Lunatic asylums Central Provinces reports 1886-1894 - 1886-1894
Year: 1886
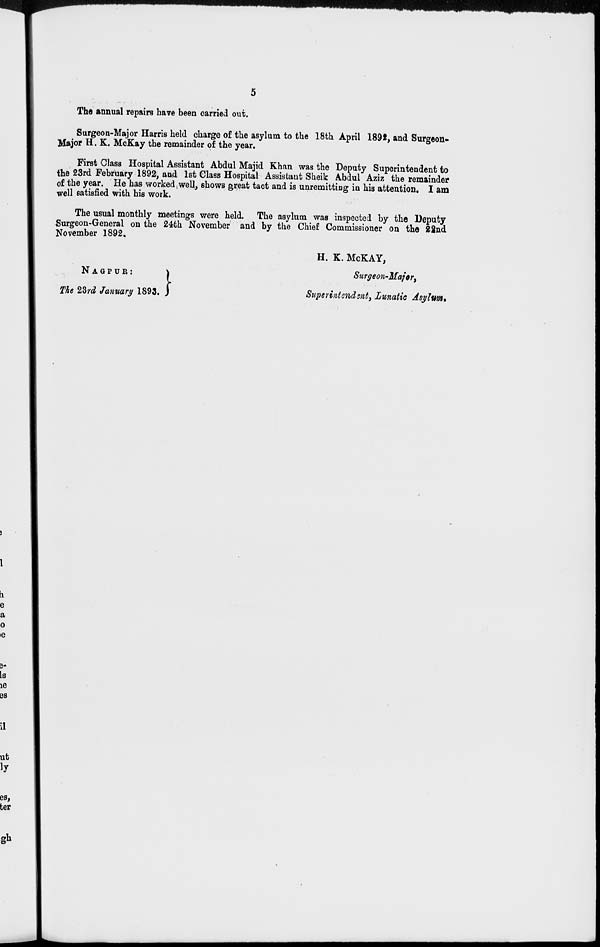
5
The annual repairs have been carried out.
Surgeon-Major Harris held charge of the asylum to the 18th April 1892, and Surgeon-
Major H. K. McKay the remainder of the year.
First Class Hospital Assistant Abdul Majid Khan was the Deputy Superintendent to
the 23rd February 1892, and 1st Class Hospital Assistant Sheik Abdul Aziz the remainder
of the year. He has worked well, shows great tact and is unremitting in his attention. I am
well satisfied with his work.
The usual monthly meetings were held. The asylum was inspected by the Deputy
Surgeon-General on the 24th November and by the Chief Commissioner on the 22nd
November 1892.
H. K. McKAY,
NAGPUR:
The 23rd January 1893.
Surgeon-Major,
Superintendent, Lunatic Asylum.